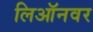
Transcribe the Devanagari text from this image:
लिऑनवर